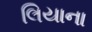
લિયાના